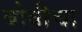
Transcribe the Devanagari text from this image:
बोवीचा